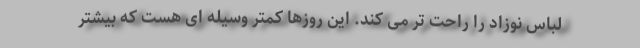
لباس نوزاد را راحت تر می کند. این روزها کمتر وسیله ای هست که بیشتر